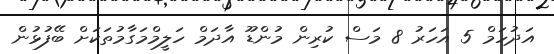
އަދުހަމް 5 އަހަރު 8 މަސް ކުރިން މުންޑޫ އާދަމް ހަލީމްމަގާމުތަކަށް ބޭފުޅުން